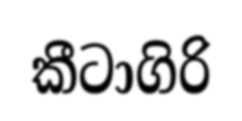
කීටාගිරි